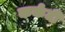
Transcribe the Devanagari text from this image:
कर्कटी